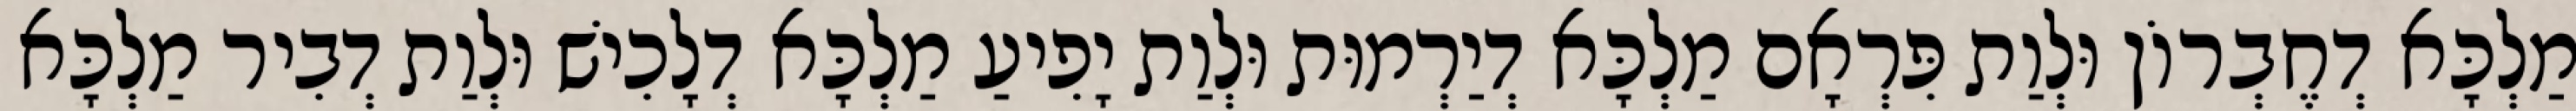
מַלְכָּא דְחֶבְרוֹן וּלְוַת פִּרְאָם מַלְכָּא דְיַרְמוּת וּלְוַת יָפִיעַ מַלְכָּא דְלָכִישׁ וּלְוַת דְבִיר מַלְכָּא